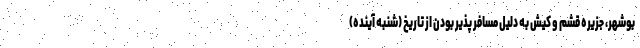
بوشهر، جزیره قشم و کیش به دلیل مسافر پذیر بودن از تاریخ (شنبه آینده)